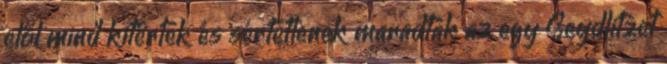
elől mind kitértek és sértetlenek maradtak az egy Seydlitzet